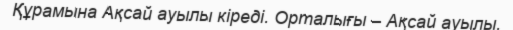
Құрамына Ақсай ауылы кіреді. Орталығы – Ақсай ауылы.